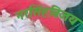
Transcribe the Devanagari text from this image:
नरसिंहविजय